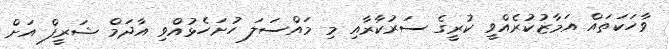
ވާހަކަތައް އަމާޒުކުރެއްވީ ކުރީގެ ސަރުކާރާއި މި މައްސަލަ ހުށަހެޅުއްވި އާދަމް ޝަރީފް އަށް